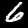
Label: 6